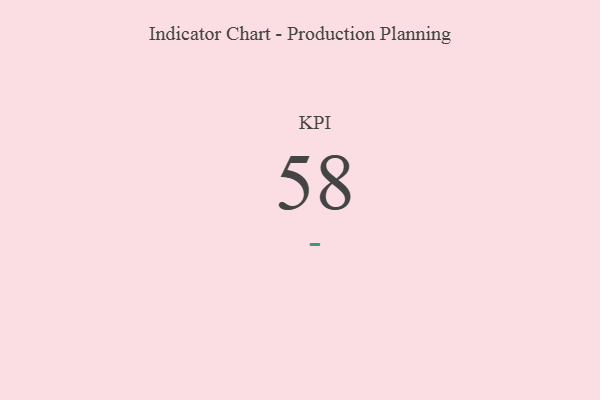
{"axis": {"x": "KPI", "y": "Value"}, "legend": [""], "data": [{"x": "KPI", "y": 58, "type": ""}]}